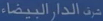
منّ الدار، البيضاء